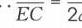
\(\because\overline{EC}=\overline{2}\)